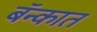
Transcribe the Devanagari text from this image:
बॅन्कात